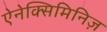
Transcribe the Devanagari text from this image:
ऐनेक्सिमिनिज़